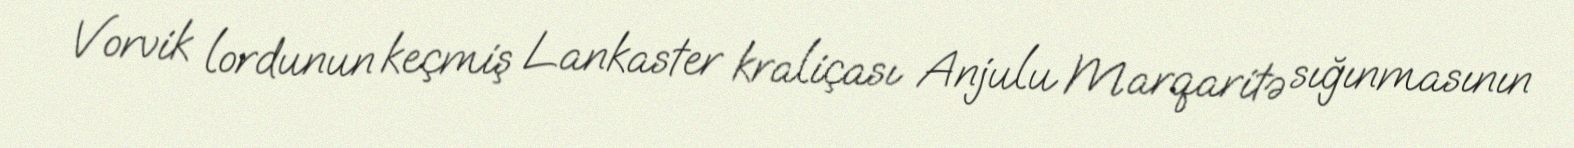
Vorvik lordunun keçmiş Lankaster kraliçası Anjulu Marqaritə sığınmasının